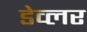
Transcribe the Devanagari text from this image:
डेव्लर